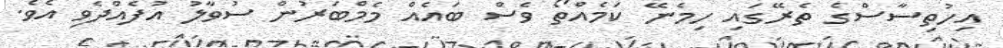
އިހުތިސާސްގެ ތެރޭގައި ހިމެނޭ ކަމެއްތޯ ވެސް ބައެއް މެމްބަރުން ސުވާލު އުފެއްދެވި އެވެ.